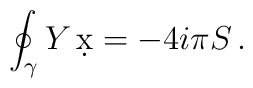
\oint_{\gamma} Y\, \d x = -4i\pi S\, .